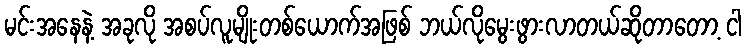
မင်းအနေနဲ့ အခုလို အစပ်လူမျိုးတစ်ယောက်အဖြစ် ဘယ်လိုမွေးဖွားလာတယ်ဆိုတာတော့ ငါ